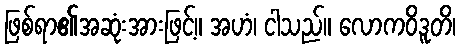
ဖြစ်ရာ၏အဆုံးအားဖြင့်။ အဟံ၊ ငါသည်။ လောကဝိဒူတိ၊